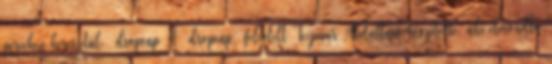
perceken keresztül. dropcap A dropcap felvételt Teymur Abdullaev készítette, aki elmondta